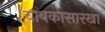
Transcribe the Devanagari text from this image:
चाबकासारखा